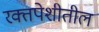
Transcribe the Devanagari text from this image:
रक्तपेशीतील